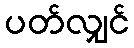
ပတ်လျှင်